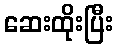
ဆေးထိုးပြီး